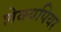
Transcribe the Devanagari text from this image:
शेक्यपियर